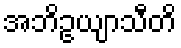
အဘိဥယျာသီတိ